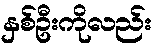
နှစ်ဦးကိုလည်း